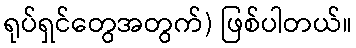
ရုပ်ရှင်တွေအတွက်) ဖြစ်ပါတယ်။